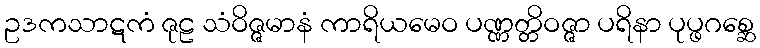
ဥဒကသာဋကံ ဇုဠ သံဝိဇ္ဇမာနံ ကာရိယမေဝ ပဏ္ဏတ္တိဝဇ္ဇာ ပရိနာ ပုပ္ဖဂစ္ဆေ